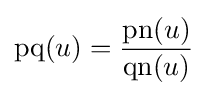
\operatorname {pq} (u)={\frac {\operatorname {pn} (u)}{\operatorname {qn} (u)}}